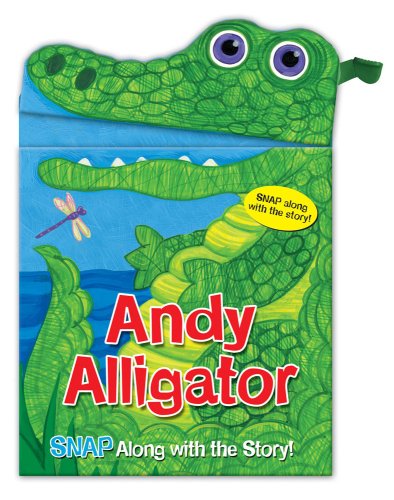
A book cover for Andy Alligator (Snappy Fun Books); Sarah Albee; Children's Books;